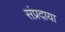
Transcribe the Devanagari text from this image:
संप्रदाया